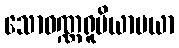
သောဝဏ္ဏရူပိယာမယာ